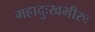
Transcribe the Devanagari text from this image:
महादुःखभीरुः